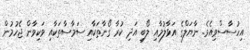
އިހުސާސްވިއެވެ. ނާޔަލްގެ އަޅާލުމާއި ލޯބި އަދި ކުރާ ގޯނާތަކާއި ސަމާސާތަކާއި ވަކިވާން ޖެހުމުން